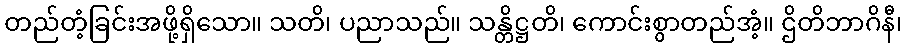
တည်တံ့ခြင်းအဖို့ရှိသော။ သတိ၊ ပညာသည်။ သန္တိဋ္ဌတိ၊ ကောင်းစွာတည်အံ့။ ဌိတိဘာဂိနီ၊